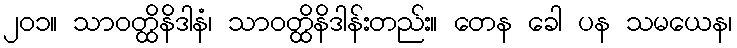
၂၀၁။ သာဝတ္ထိနိဒါနံ၊ သာဝတ္ထိနိဒါန်းတည်း။ တေန ခေါ ပန သမယေန၊